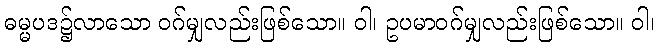
ဓမ္မပဒ၌လာသော ဝဂ်မျှလည်းဖြစ်သော။ ဝါ၊ ဥပမာဝဂ်မျှလည်းဖြစ်သော။ ဝါ၊